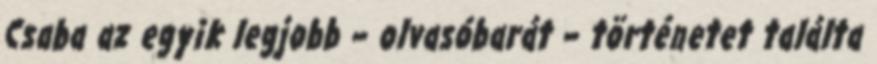
Csaba az egyik legjobb – olvasóbarát – történetet találta